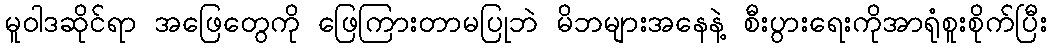
မူဝါဒဆိုင်ရာ အဖြေတွေကို ဖြေကြားတာမပြုဘဲ မိဘများအနေနဲ့ စီးပွားရေးကိုအာရုံစူးစိုက်ပြီး